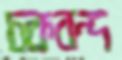
চকবন্দ